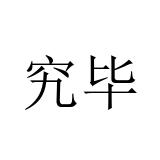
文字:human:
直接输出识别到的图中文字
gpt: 究毕